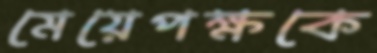
মেয়েপক্ষকে